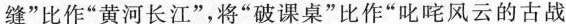
”比作”黄河长江”，将”破课桌”比作”叱咤风云的古战